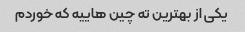
یکی از بهترین ته چین هاییه که خوردم